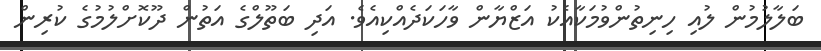
ބަލާލުމުން ލުއި ހިނިތުންވުމަކާއެކު އަޒްޔާން ވާހަކަދެއްކިއެވެ. އަދި ބަތޫލްގެ އަތުން ދޫކޮށްލުމުގެ ކުރިން